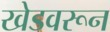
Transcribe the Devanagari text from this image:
खेडवरून